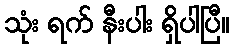
သုံး ရက် နီးပါး ရှိပါပြီ။